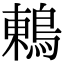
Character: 鶇